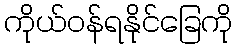
ကိုယ်ဝန်ရနိုင်ခြေကို